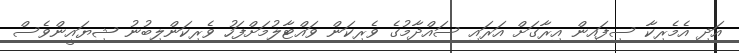
އަދި އެމެރިކާ ސިފައިން އިރާގަށް އަރައި ސައްދާމުގެ ވެރިކަން ވައްޓާލުމަށްފަހު ވެރިކަންލިބުނު ޝިޔައީންވެސް